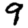
Digit: 9